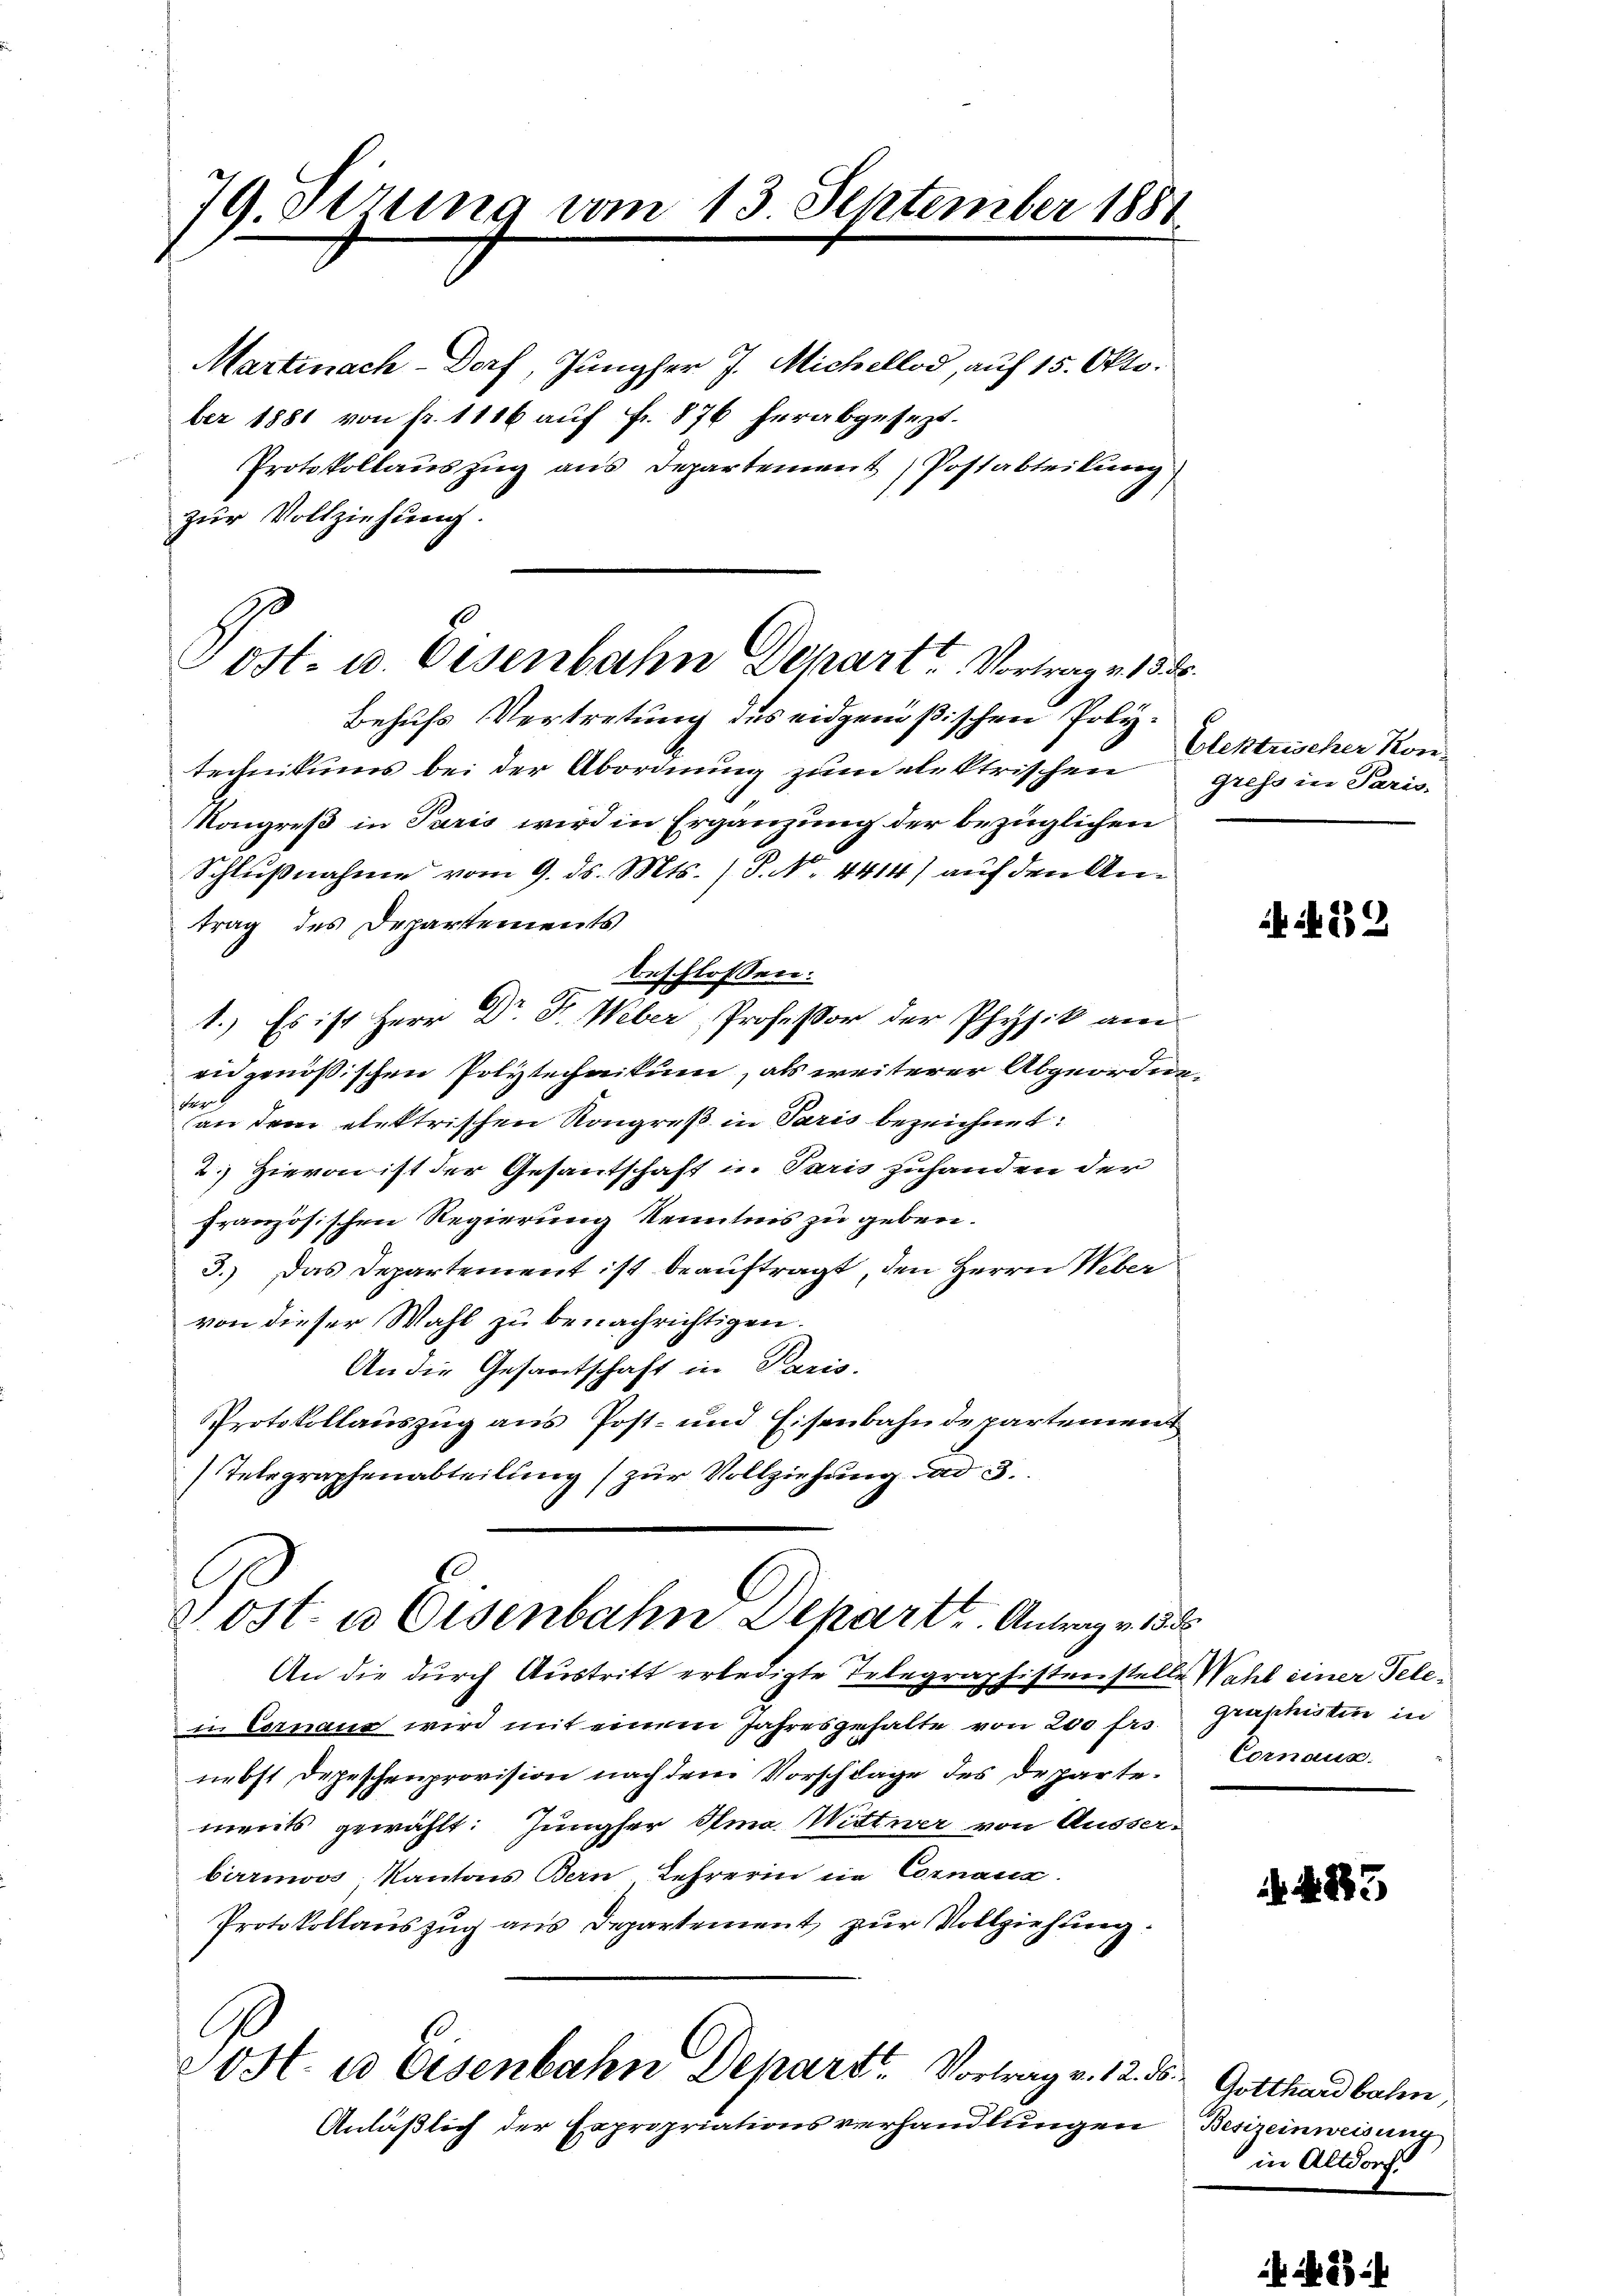
79. Sitzung vom 13. September 1881

ost- u. Eisenbahn Depart Vortrag v. 158.

Behufs Vertretung des eidgenößischen Polytechnikums bei der Abordnung zum elektrischen
Kongreß in Paris wird in Ergänzung der bezüglichen
Schlußnahme vom 9. ds. Mts. ) P. N. 4414) auf den Antrag des Departements
beschlossen:
1.) Es ist Herr Dr. Fr. Weber, Professor der Physik angeridgenößischen Polytechnikum, als weiterer Abgeordne¬
Fe
an dem elektrischen Kongreß in Paris bezeichnet:
2. Hievon ist der Gesantschaft in Paris zuhanden der
französischen Regierung Kenntnis zu geben.
3.) Das Departement ist beauftragt, den Herrn Weber
von dieser Wahl zu benachrichtigen.
An die Gesantschaft in Paris.
Protokollauszug aus Post- und Eisenbahndepartement
Telegraphenabteilung zur Vollziehung ad 3.
 ost- u Eisenbahn Dekart, Antrag v. 158
An die durch Austritt erledigte Telegraphistenstelle Wahl einer Telein Cornaus wird mit einem Jahresgehalte von 200 frs.
nebst Depeschenprovision nach dem Vorschlage des Departements gewählt: Jungfer Ama. Wittwer von Ausserbirrmoos Kantons Bern Lehrerin ein Cornanz
Protokollauszug aus Departement zur Vollziehung:
Ht. 10 Eisenbahn Depart. Vortrag v. 12. ds. Gotthardbahn,
Anläßlich der Expropriationsverhandlungen

Martinach-Dorf, Jungfer J. Michellod, auf 15. Oktober 1881 von fr. 1186 auf fr. 876 herabgesezt.
Protokollaŭszŭg ans Departement Postabteilung
zur Vollziehung.

Elektrischer Kon-
gress in Paris.

N. 259

graphistin in
Cornaun.

N. 883

Besizeinweisung
in Altdorf.